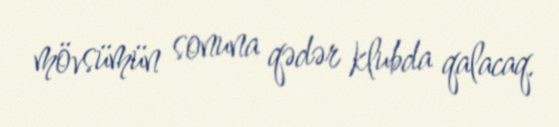
mövsümün sonuna qədər klubda qalacaq.